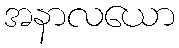
အနာလယော